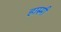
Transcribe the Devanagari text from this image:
हारुमी